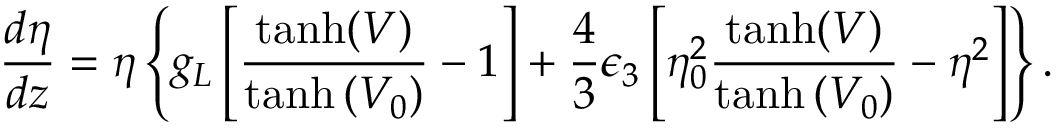
\frac { d \eta } { d z } = \eta \left\lbrace g _ { L } \left[ \frac { \operatorname { t a n h } ( V ) } { \operatorname { t a n h } \left( V _ { 0 } \right) } - 1 \right] + \frac { 4 } { 3 } \epsilon _ { 3 } \left[ \eta _ { 0 } ^ { 2 } \frac { \operatorname { t a n h } ( V ) } { \operatorname { t a n h } \left( V _ { 0 } \right) } - \eta ^ { 2 } \right] \right\rbrace .